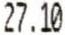
27.10